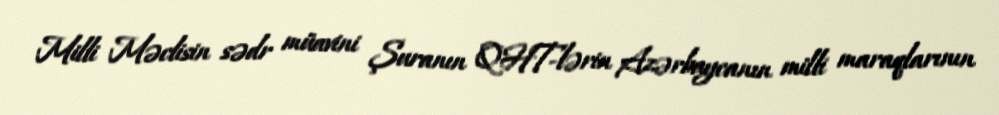
Milli Məclisin sədr müavini Şuranın QHT-lərin Azərbaycanın milli maraqlarının